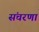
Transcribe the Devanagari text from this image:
संचरणा